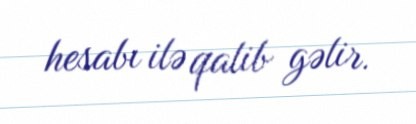
hesabı ilə qalib gəlir.